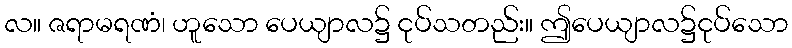
လ။ ဇရာမရဏံ၊ ဟူသော ပေယျာလ၌ ငုပ်သတည်း။ ဤပေယျာလ၌ငုပ်သော